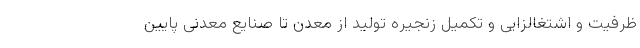
ظرفیت و اشتغالزایی و تکمیل زنجیره تولید از معدن تا صنایع معدنی پایین